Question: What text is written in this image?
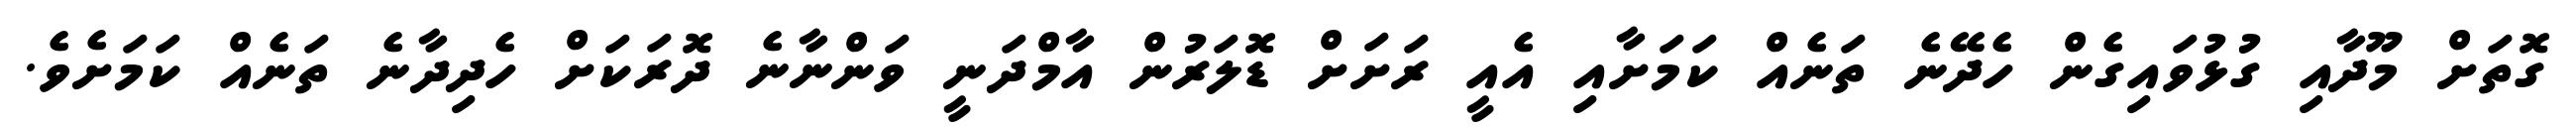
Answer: ގޮތަށް މޫދާއި ގުޅުވައިގެން ހެދޭނެ ތަނެއް ކަމަށާއި އެއީ ރަށަށް ޑޮލަރުން އާމްދަނީ ވަންނާނެ ދޮރަކަށް ހެދިދާނެ ތަނެއް ކަމަށެވެ.